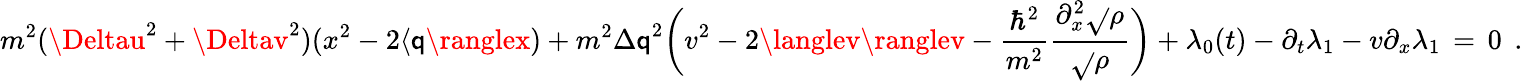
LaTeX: m^{2}({\Deltau}^{2}+{\Deltav}^{2})(x^{2}-2\langle\mathsf{q}\ranglex)+m^{2}{\Delta\mathsf{q}}^{2}\bigg(v^{2}-2\langlev\ranglev-\frac{{\hbar^{2}}}{{m^{2}}}\frac{{\partial_{x}^{2}\sqrt{}{{\rho}}}}{{\sqrt{}{{\rho}}}}\bigg)+\lambda_{0}(t)-\partial_{t}\lambda_{1}-v\partial_{x}\lambda_{1}\, =\, 0\; \, .